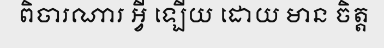
ពិចារណារ អ្វី ឡើយ ដោយ មាន ចិត្ត